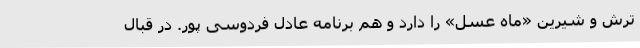
ترش و شیرین «ماه عسل» را دارد و هم برنامه عادل فردوسی پور. در قبال